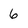
Character: 6